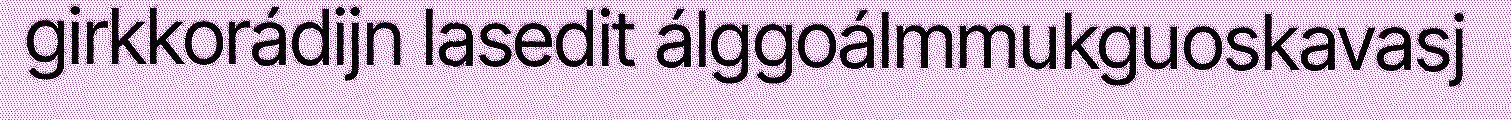
girkkorádijn lasedit álggoálmmukguoskavasj